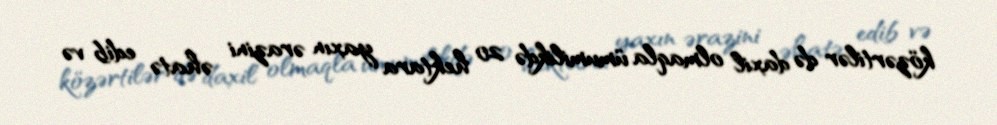
közərtilər də daxil olmaqla ümumilikdə 20 hektara yaxın ərazini əhatə edib və